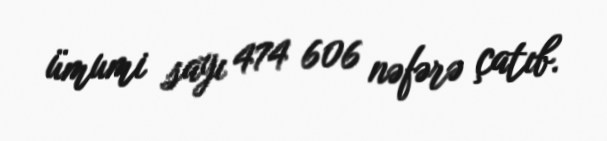
ümumi sayı 474 606 nəfərə çatıb.